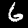
Digit: 6